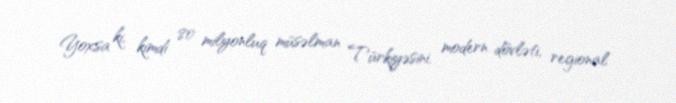
Yoxsa ki, kimdi 80 milyonluq müsəlman Türkiyəsini, modern dövləti, regional